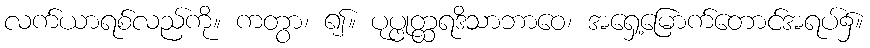
လက်ယာရစ်လည်ကို။ ကတွာ၊ ၍။ ပုပ္ဖုတ္ထရဒိသာဘာဝေ၊ အရှေ့မြောက်တောင်အရပ်၌။